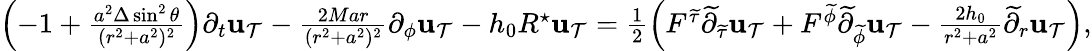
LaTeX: \begin{array}{r}{\left(-1+\frac{a^{2}\Delta\sin^{2}\theta}{(r^{2}+a^{2})^{2}}\right)\partial_{t}{\mathbf{u}_{\mathcal{T}}}-\frac{2Mar}{(r^{2}+a^{2})^{2}}\partial_{\phi}{\mathbf{u}_{\mathcal{T}}}-h_{0}R^{\star}{\mathbf{u}_{\mathcal{T}}}=\frac 12\left(F^{{\widetilde{\tau}}}\widetilde{\partial}_{{\widetilde{\tau}}}{\mathbf{u}_{\mathcal{T}}}+F^{{\widetilde{\phi}}}\widetilde{\partial}_{\widetilde{\phi}}{\mathbf{u}_{\mathcal{T}}}-\frac{2h_{0}}{r^{2}+a^{2}}\widetilde{\partial}_{r}{\mathbf{u}_{\mathcal{T}}}\right),}\end{array}